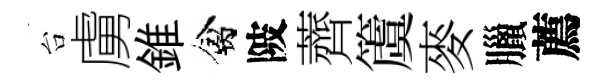
台虜錐禽陂薺𥵂麥臘薦